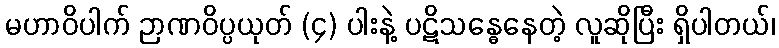
မဟာဝိပါက် ဉာဏဝိပ္ပယုတ် (၄) ပါးနဲ့ ပဋိသန္ဓေနေတဲ့ လူဆိုပြီး ရှိပါတယ်၊